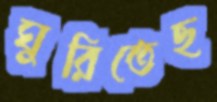
ঘুরিতেছ